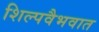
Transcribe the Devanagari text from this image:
शिल्पवैभवात